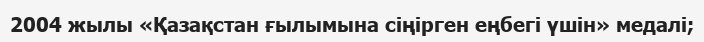
2004 жылы «Қазақстан ғылымына сіңірген еңбегі үшін» медалі;